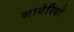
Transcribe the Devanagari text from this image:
सावेरियों